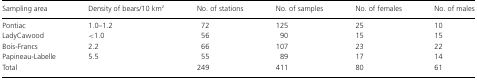
<table><thead><tr><td><b>Sampling area</b></td><td><b>Density of bears/10 km<sup>2</sup></b></td><td><b>No. of stations</b></td><td><b>No. of samples</b></td><td><b>No. of females</b></td><td><b>No. of males</b></td></tr></thead><tbody><tr><td>Pontiac</td><td>1.0–1.2</td><td> 72</td><td>125</td><td>25</td><td>10</td></tr><tr><td>LadyCawood</td><td>&lt;1.0</td><td> 56</td><td> 90</td><td>15</td><td>15</td></tr><tr><td>Bois-Francs</td><td>2.2</td><td> 66</td><td>107</td><td>23</td><td>22</td></tr><tr><td>Papineau-Labelle</td><td>5.5</td><td> 55</td><td> 89</td><td>17</td><td>14</td></tr><tr><td>Total</td><td></td><td>249</td><td>411</td><td>80</td><td>61</td></tr></tbody></table>